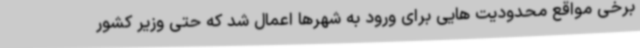
برخی مواقع محدودیت هایی برای ورود به شهرها اعمال شد که حتی وزیر کشور